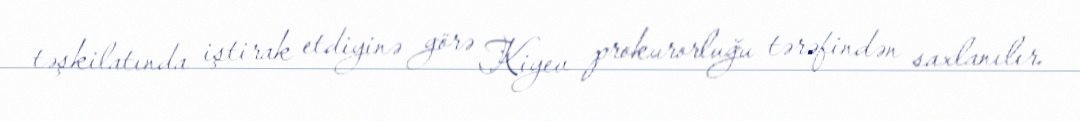
təşkilatında iştirak etdiyinə görə Kiyev prokurorluğu tərəfindən saxlanılır.